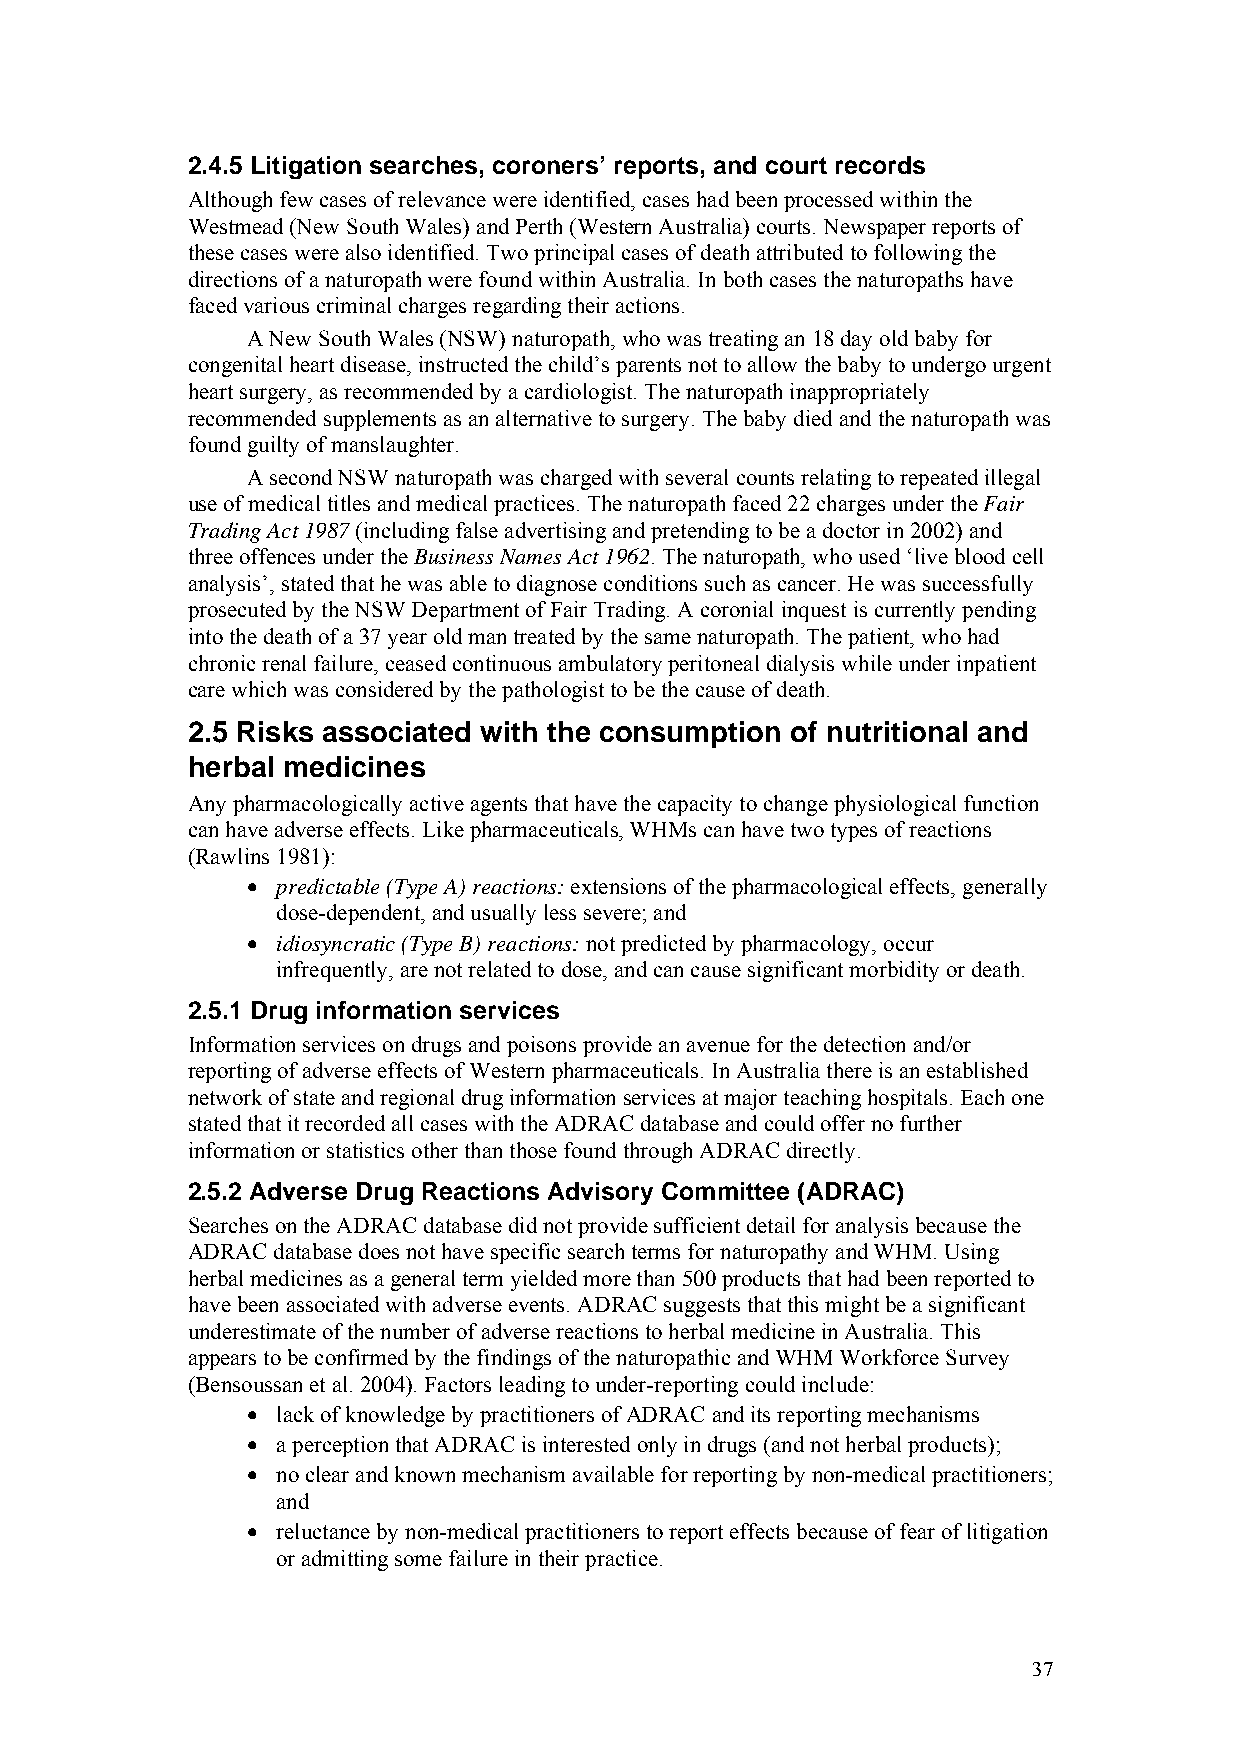
2.4.5 Litigation searches, coroners’ reports, and court records
 Although few cases of relevance were identified, cases had been processed within the
 Westmead (New South Wales) and Perth (Western Australia) courts. Newspaper reports of
 these cases were also identified. Two principal cases of death attributed to following the
 directions of a naturopath were found within Australia. In both cases the naturopaths have
 faced various criminal charges regarding their actions.
 A New South Wales (NSW) naturopath, who was treating an 18 day old baby for
 congenital heart disease, instructed the child’s parents not to allow the baby to undergo urgent
 heart surgery, as recommended by a cardiologist. The naturopath inappropriately
 recommended supplements as an alternative to surgery. The baby died and the naturopath was
 found guilty of manslaughter.
 A second NSW naturopath was charged with several counts relating to repeated illegal
 use of medical titles and medical practices. The naturopath faced 22 charges under the Fair
 Trading Act 1987 (including false advertising and pretending to be a doctor in 2002) and
 three offences under the Business Names Act 1962. The naturopath, who used ‘live blood cell
 analysis’, stated that he was able to diagnose conditions such as cancer. He was successfully
 prosecuted by the NSW Department of Fair Trading. A coronial inquest is currently pending
 into the death of a 37 year old man treated by the same naturopath. The patient, who had
 chronic renal failure, ceased continuous ambulatory peritoneal dialysis while under inpatient
 care which was considered by the pathologist to be the cause of death.
 2.5 Risks associated with the consumption of nutritional and
 herbal medicines
 Any pharmacologically active agents that have the capacity to change physiological function
 can have adverse effects. Like pharmaceuticals, WHMs can have two types of reactions
 (Rawlins 1981):
 • predictable (Type A) reactions: extensions of the pharmacological effects, generally
 dose-dependent, and usually less severe; and
 • idiosyncratic (Type B) reactions: not predicted by pharmacology, occur
 infrequently, are not related to dose, and can cause significant morbidity or death.
 2.5.1 Drug information services
 Information services on drugs and poisons provide an avenue for the detection and/or
 reporting of adverse effects of Western pharmaceuticals. In Australia there is an established
 network of state and regional drug information services at major teaching hospitals. Each one
 stated that it recorded all cases with the ADRAC database and could offer no further
 information or statistics other than those found through ADRAC directly.
 2.5.2 Adverse Drug Reactions Advisory Committee (ADRAC)
 Searches on the ADRAC database did not provide sufficient detail for analysis because the
 ADRAC database does not have specific search terms for naturopathy and WHM. Using
 herbal medicines as a general term yielded more than 500 products that had been reported to
 have been associated with adverse events. ADRAC suggests that this might be a significant
 underestimate of the number of adverse reactions to herbal medicine in Australia. This
 appears to be confirmed by the findings of the naturopathic and WHM Workforce Survey
 (Bensoussan et al. 2004). Factors leading to under-reporting could include:
 • lack of knowledge by practitioners of ADRAC and its reporting mechanisms
 • a perception that ADRAC is interested only in drugs (and not herbal products);
 • no clear and known mechanism available for reporting by non-medical practitioners;
 and
 • reluctance by non-medical practitioners to report effects because of fear of litigation
 or admitting some failure in their practice.
 37